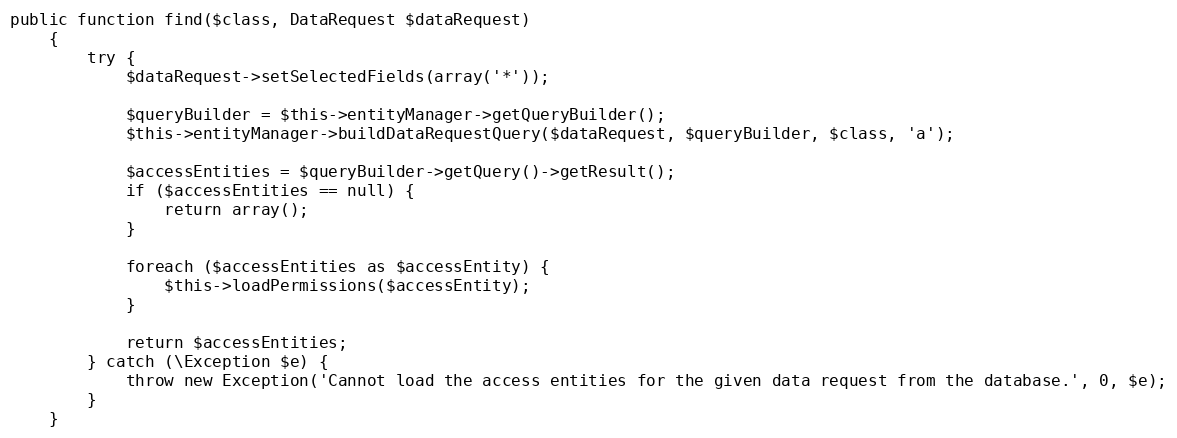
Language: PHP
public function find($class, DataRequest $dataRequest)
    {
        try {
            $dataRequest->setSelectedFields(array('*'));

            $queryBuilder = $this->entityManager->getQueryBuilder();
            $this->entityManager->buildDataRequestQuery($dataRequest, $queryBuilder, $class, 'a');

            $accessEntities = $queryBuilder->getQuery()->getResult();
            if ($accessEntities == null) {
                return array();
            }

            foreach ($accessEntities as $accessEntity) {
                $this->loadPermissions($accessEntity);
            }

            return $accessEntities;
        } catch (\Exception $e) {
            throw new Exception('Cannot load the access entities for the given data request from the database.', 0, $e);
        }
    }